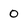
Character: 0